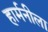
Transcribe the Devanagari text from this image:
हार्मनीला